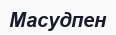
Масудпен